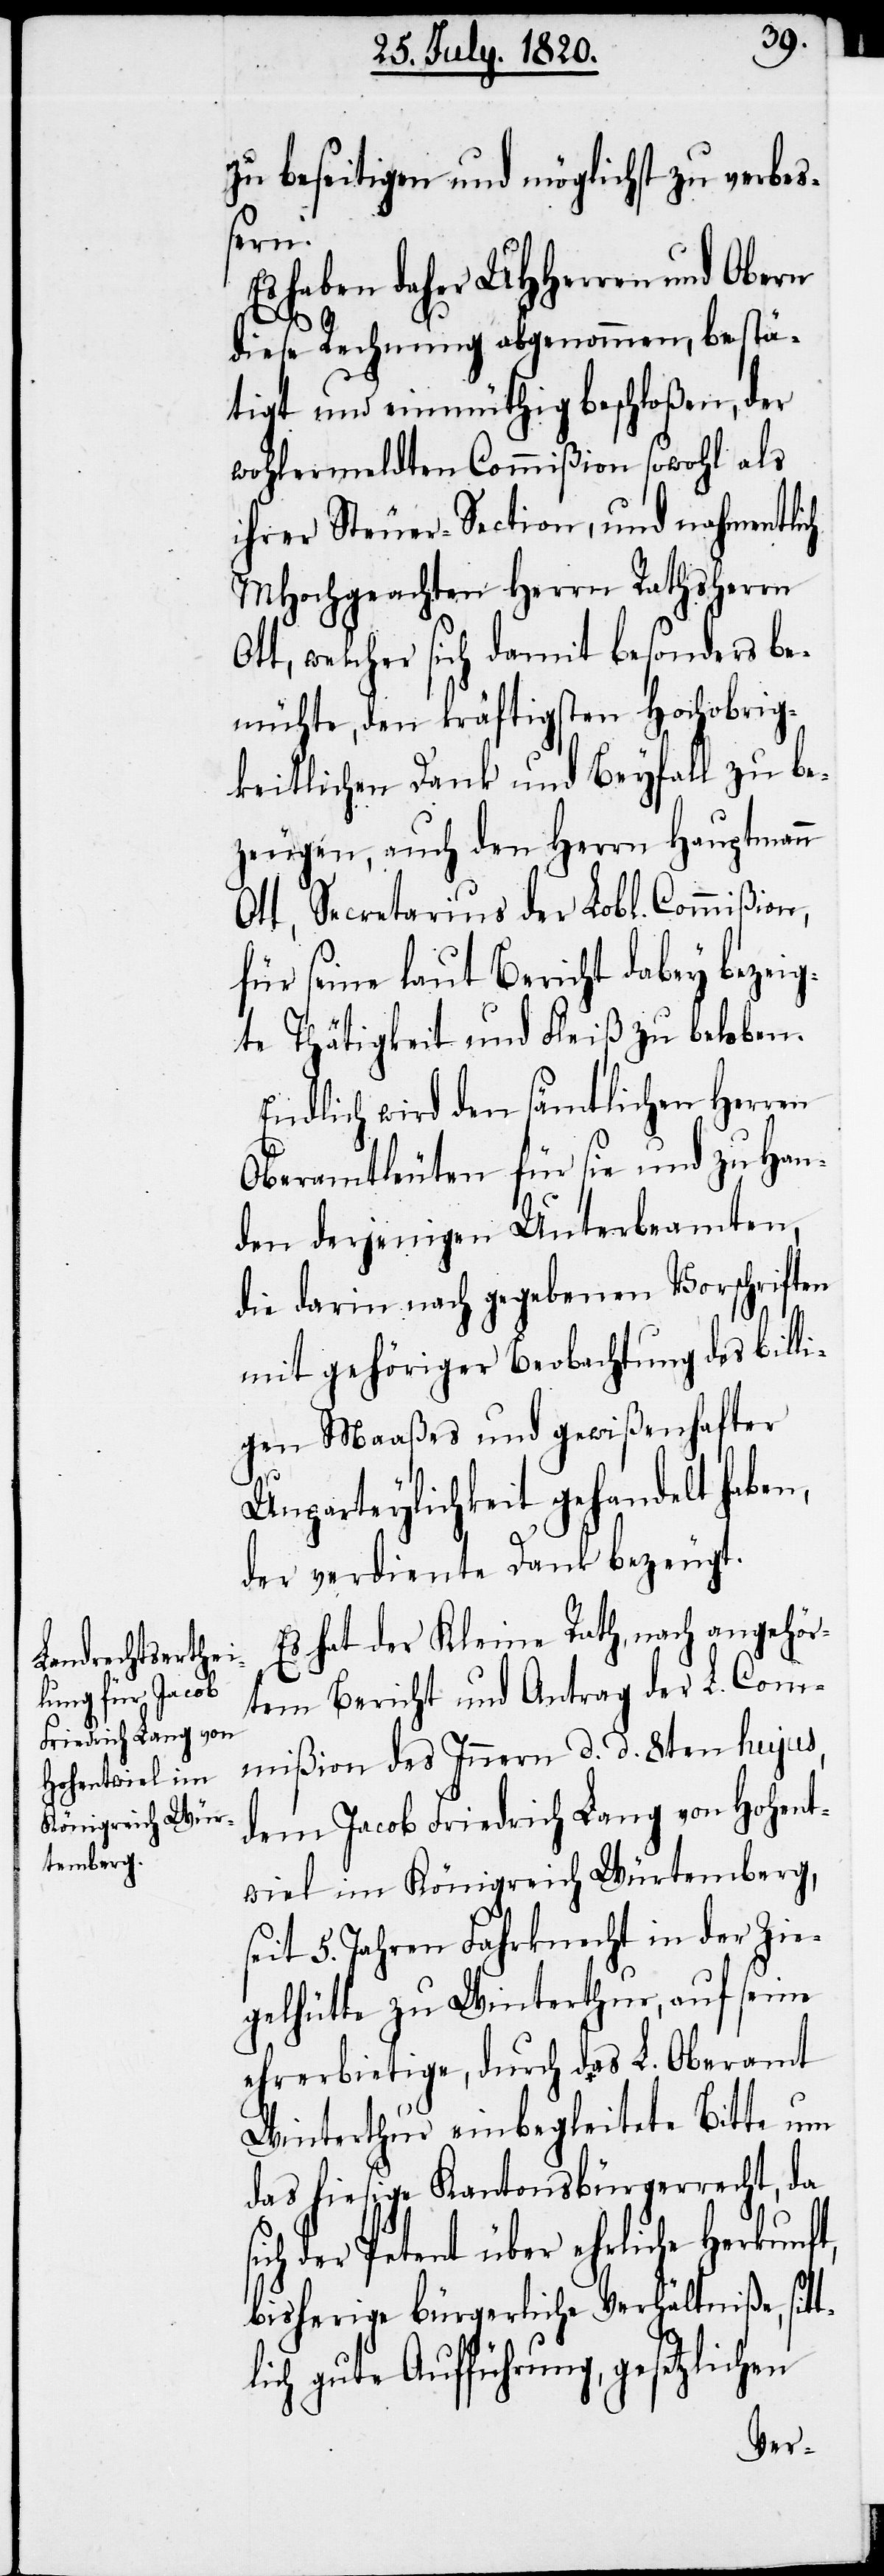
zu beseitigen und möglichst zu verbes¬
sern.
Es haben daher UHHerren und Obern
t¬
diese Rechnung abgenommen, bestä¬
tigt und einmüthig beschloßen, der
wohlermeldten Commißion sowohl als
ihrer Steuer-Section, und nahmentlich
MHochgeachten Herrn Rathsherrn
Ott, welcher sich damit besonders be¬
mühte, den kräftigsten Hochobrig¬
keitlichen Dank und Beyfall zu be¬
zeugen, auch den Herrn Hauptmann
Ott, Secretarius der Lobl. Commißion,
für seine laut Bericht dabey bezeug¬
te Thätigkeit und Fleiß zu beloben.
Endlich wird den sämtlichen Herren
Oberamtleuten für sie und zu Han¬
den derjenigen Unterbeamteten,
die darin nach gegebenen Vorschriften
mit gehöriger Beobachtung des billi¬
gen Maaßes und gewißenhafter
Unparteylichkeit gehandelt haben,
der verdiente Dank bezeugt.
Es hat der Kleine Rath, nach angehör¬
tem Bericht und Antrag der L. Com¬
mißion des Innern d. d. 8ten hujus,
dem Jacob Friedrich Lang von Hohent¬
wiel im Königreich Würtemberg,
seit 5. Jahren Fahrknecht in der Ziel¬
gelhütte zu Winterthur, auf seine
ehrerbietige, durch das L. Oberamt
Winterthur einbegleitete Bitte um
das hiesige Kantonsbürgerrecht, da
ich der Petent über eheliche Herkunf¬
bisherige bürgerliche Verhältniße, sit¬
lich gute Aufführung, gesetzlichen